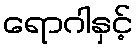
ရောဂါနှင့်